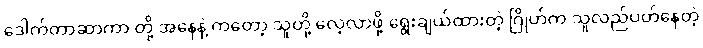
ဒေါက်တာဆာကာ တို့ အနေနဲ့ ကတော့ သူတို့ လေ့လာဖို့ ရွေးချယ်ထားတဲ့ ဂြိုဟ်က သူလည်ပတ်နေတဲ့